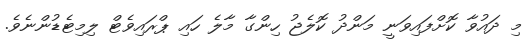
މި ދައުވާ ކޮށްފައިވަނީ މަންދު ކޮލެޖު ހިންގާ މާލެ ހައި ޕްރައިވެޓް ލިމިޓެޑުންނެވެ.